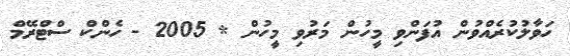
ހަވާލުކުރެއްވުން އުފަންވި މީހުން މަރުވި މީހުން * 2005 - ހެންކް ސްޓްރޭމް